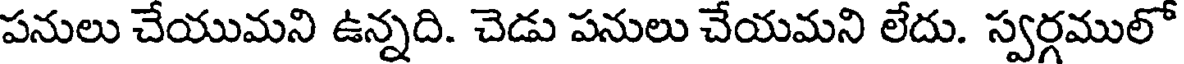
పనులు చేయుమని ఉన్నది. చెడు పనులు చేయమని లేదు. స్వర్గములో